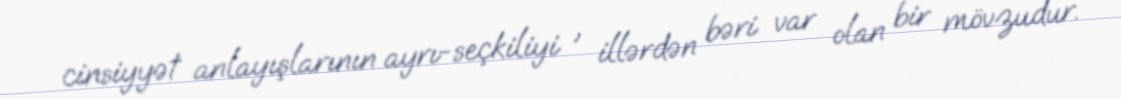
cinsiyyət anlayışlarının ayrı-seçkiliyi , illərdən bəri var olan bir mövzudur.